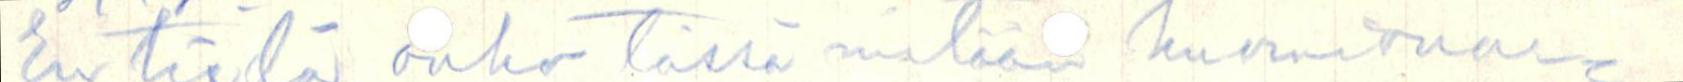
En tiedä onko tässä mitään huomionar-